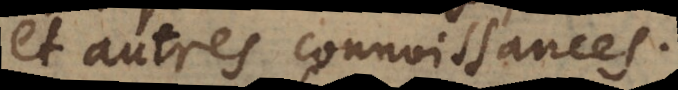
et autres connoissances.